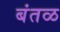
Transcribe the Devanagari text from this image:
बंतळ